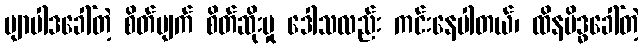
ဗျာပါဒခေါ်တဲ့ စိတ်ပျက် စိတ်ဆိုးမှု ဒေါသလည်း ကင်းနေပါတယ်၊ ထိနမိဒ္ဓခေါ်တဲ့